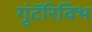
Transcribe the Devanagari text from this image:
गुंटॅरिविभ